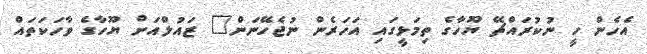
އެހެން ހީ ނުކުރައްޗޭ ޔޫހާގެ ތިމަޅީގައި އަހަރެން ނުޖެހޭނަން" ޒައުލްއަށް ޔޫހާގެ ވާހަކަތައް